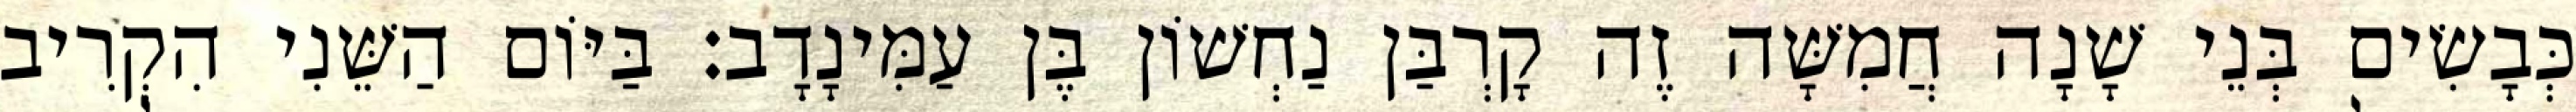
כְּבָשִׂים בְּנֵי שָׁנָה חֲמִשָּׁה זֶה קָרְבַּן נַחְשׁוֹן בֶּן עַמִּינָדָב׃ בַּיּוֹם הַשֵּׁנִי הִקְרִיב